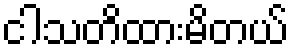
ငါသတိထားမိတယ်